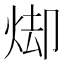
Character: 𭴦